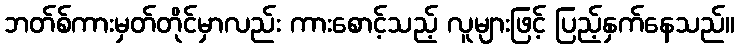
ဘတ်စ်ကားမှတ်တိုင်မှာလည်း ကားစောင့်သည့် လူများဖြင့် ပြည့်နှက်နေသည်။